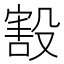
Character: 㲅